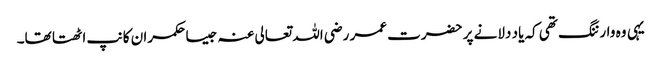
یہی وہ وارننگ تھی کہ یاد دلانے پر حضرت عمر رضی اللہ تعالی عنہ جیسا حکمران کانپ اٹھتا تھا۔